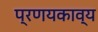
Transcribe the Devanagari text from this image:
प्रणयकाव्य